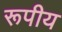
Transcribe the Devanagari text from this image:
रूपीय